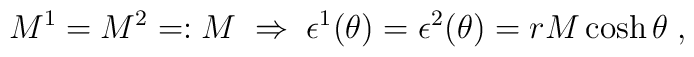
M^{1}=M^{2}=:M\;\Rightarrow \;\epsilon ^{1}(\theta )=\epsilon^{2}(\theta )=rM\cosh \theta \;,